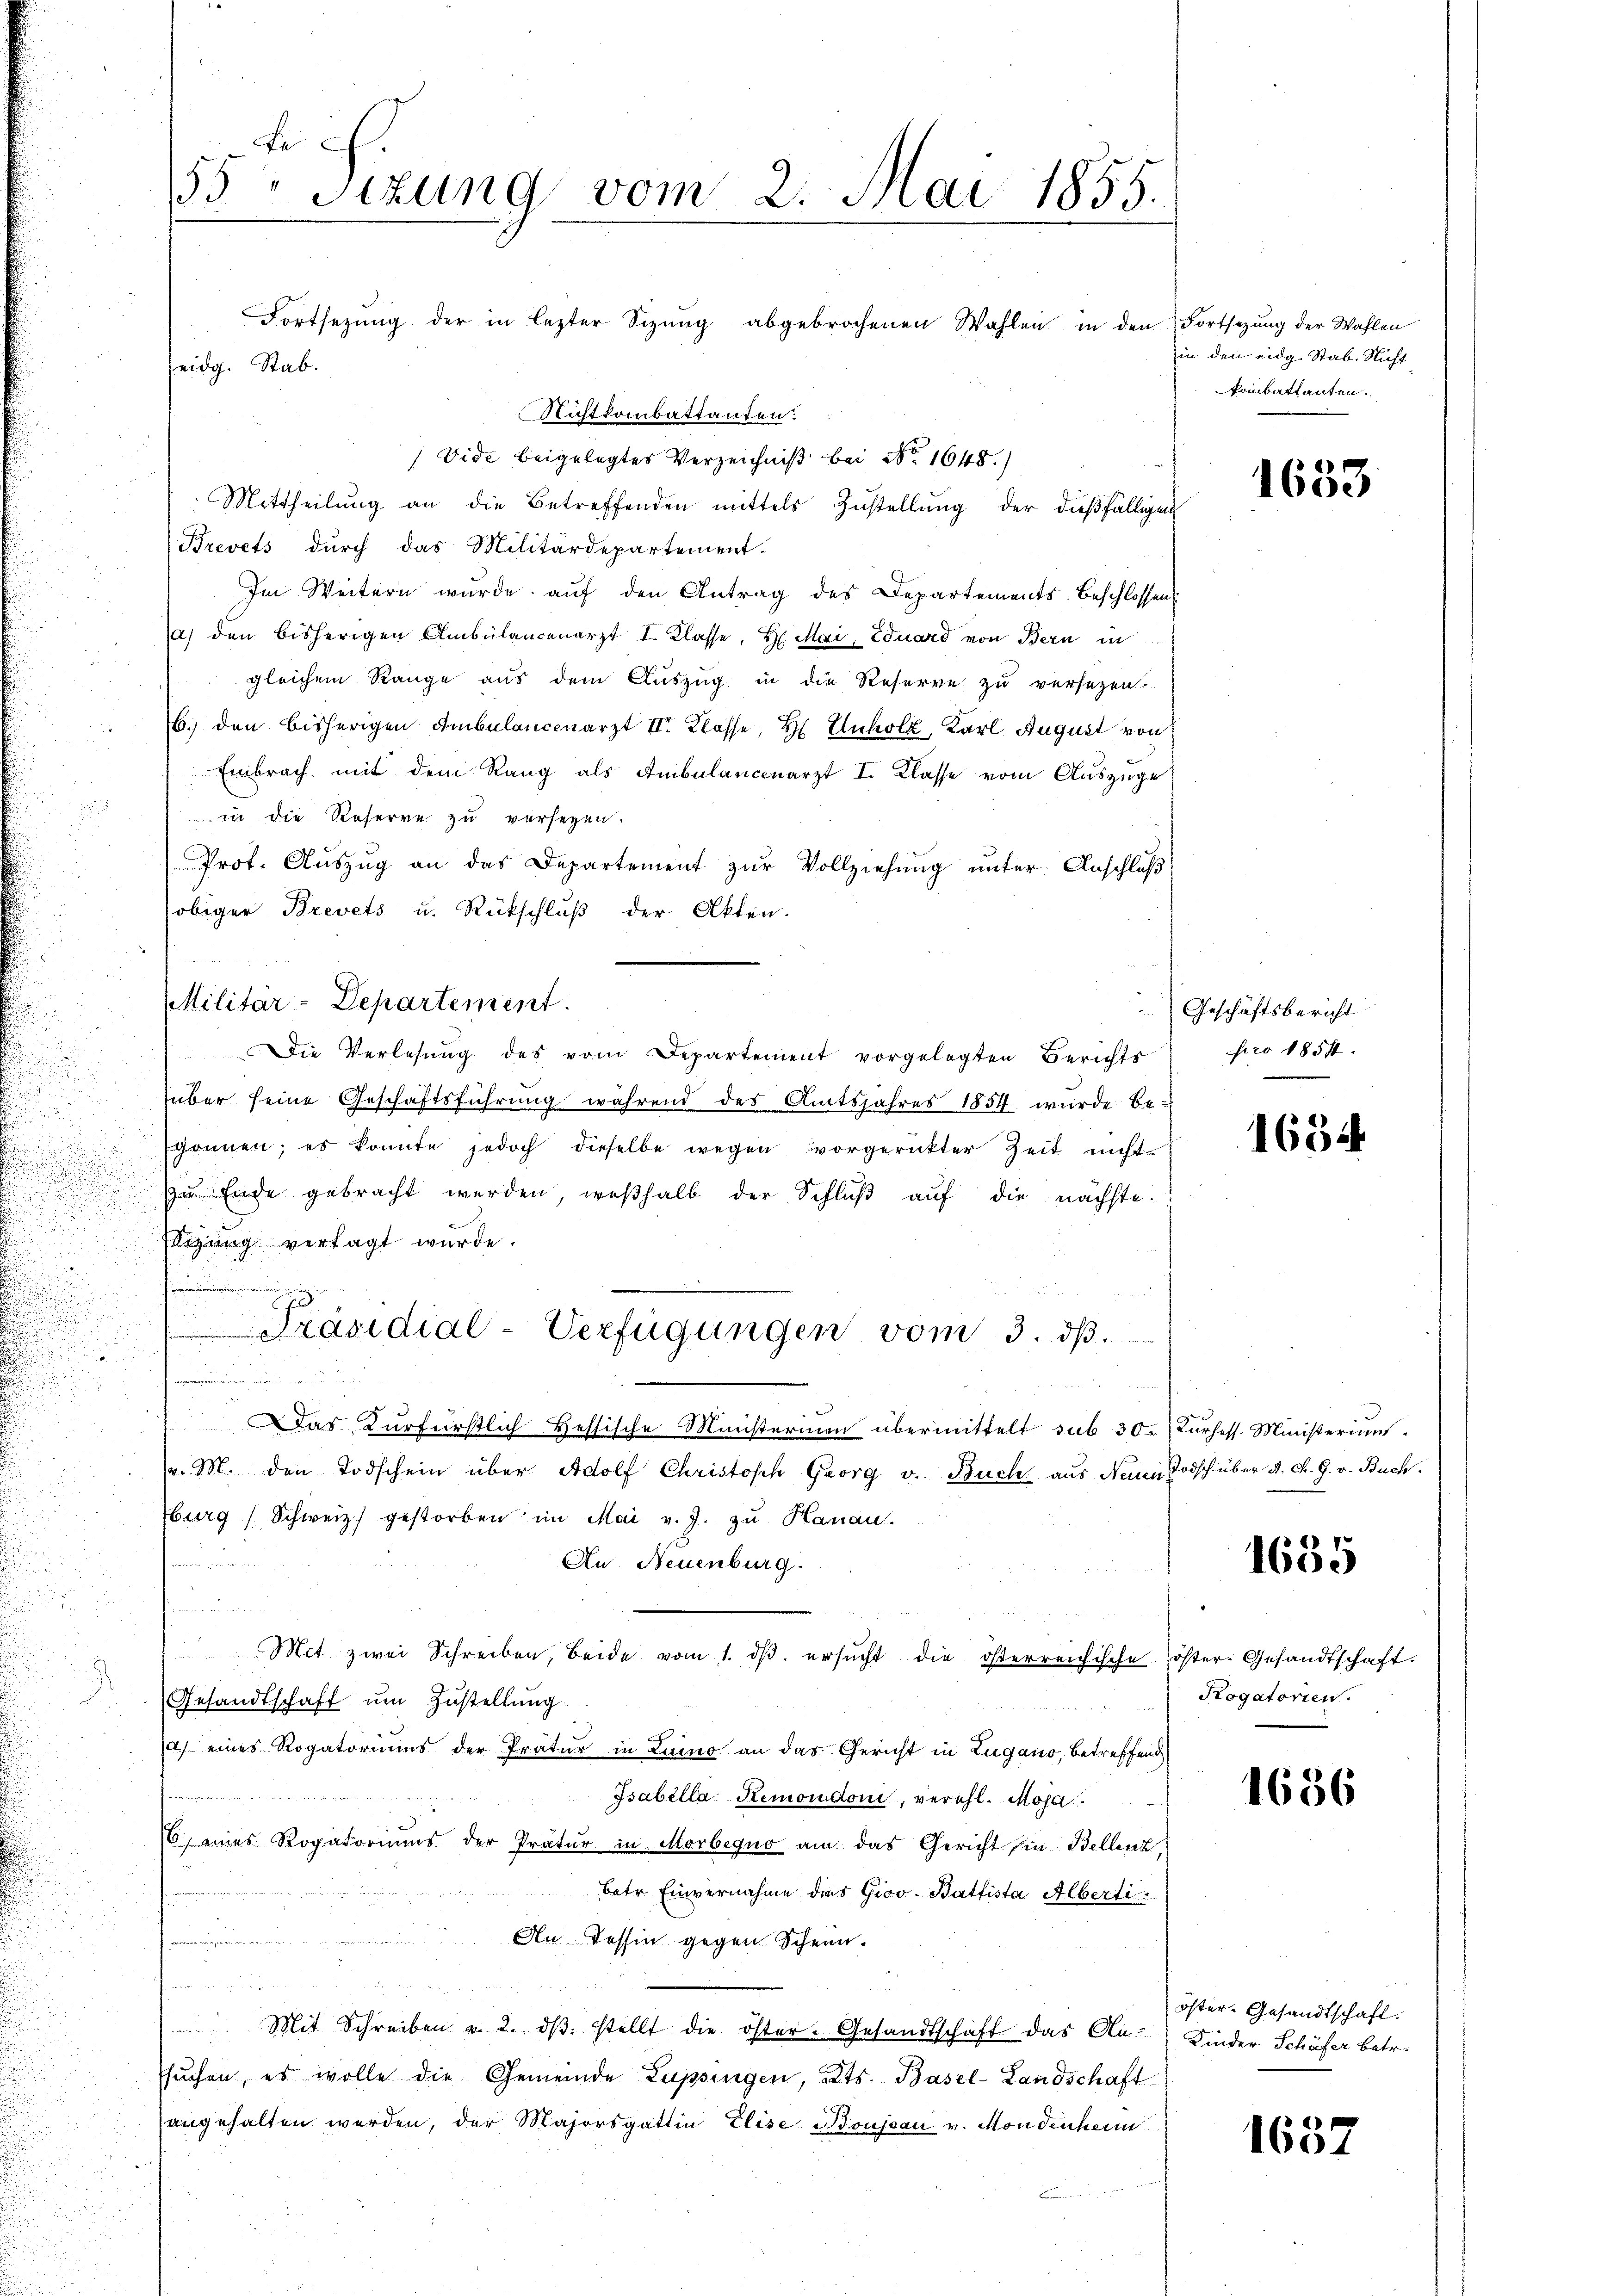
Fe
35 Sizung vom 2. Mai 1855.
Fortsetzung der in lezter Sitzung abgebrochenen Wahlen in den Fortsezung der Wahlen
eidg. Stab.

Richtkombattanten.
Vide beigelegtes Verzeichniß bei No 1648.
Mittheilŭng an die Betreffenden mittels Zustellung der dießfälligen
Brevets durch das Militärdepartement.
Im Weitern wurde auf den Antrag des Departements-Beschlossen
a) den bisherigen Ambülancenarzt I. Klasse, H. Mai, Eduard von Bern in
gleichem Range aus dem Auszug in die Reserve zu versetzen.
b. den bisherigen Ambulancenarzt II. Klasse, H. Unholz, Karl August von
Embrach mit dem Rang als Ambulancenarzt I. Klasse vom Auszüge
¬
in die Reserve zu versezen.
Prof. Auszug an das Departement zŭr Vollziehung unter Anschluß
obiger Brevets u. Rückschluß der Akten.
Militär-Departement.
Die Verlesung des vom Departement vorgelegten Berichts
über seine Geschäftsführŭng während des Amtsjahres 1857 wurde be-
gonnen; es konnte jedoch dieselbe wegen vorgerückter Zeit nicht.
zu Ende gebracht werden, weßhalb der Schlŭβ aŭf die nächste.

Eigung versagt wurde.
f
Präsidial-Verfügungen vom 3. dβ.
dchen
3
Das Kurfürstlich Hessische Ministerinen übermittelt sub 30 Kurhess. Ministerium
v. M. den Todschein über Adolf Christoph Georg v. Buch aus Neuen Todsch über d. d. 9. v. Buch.
burg Schweiz gestorben im Mai v. J. zŭ Hanau.
An Neuenburg.
n
Mit zwei Schreiben, beide vom 1. dβ ersŭcht die österreichische öster-Gesandtschaft.
Gesandtschaft um Zustellung
a) eines Rogatoriums der Pratur in Luino an das Gericht in Zugano, betreffend
Isabella Remondoni, verehl. Maja,
6) eines Rogatoriums der Pratur in Morbequo am das Gericht in Bellenz,
betr. Einvernahme das Giov. Battista Alberti
n
An Tessin gegen Schein.

 Mit Schreiben u. 2. dβ stellt die öster- Gesandtschaft das An- Kinder Schöfer betr.
ssuchen, es wolle die Gemeinde Lupsingen, Kts. Basel-Landschaft
angehalten werden, der Majorsgattin Elise Boujsau v. Mondenheim
u

in den eidg. Stab. Nicht
ombattanten.

1653

Geschäftsbericht
pro 1857.

1634

1655

Rogatorien.

1686

öster-Gesandtschaft.

1657